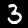
Digit: 3